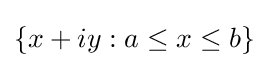
\{x+iy:a\leq x\leq b\}